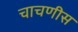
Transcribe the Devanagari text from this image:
चाचणीस